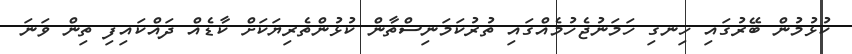
ކުޅުމުން ބޭރުގައި ހިނގި ހަމަނުޖެހުމެއްގައި ތުރުކަމަނިސްތާން ކުޅުންތެރިޔަކަށް ކާޑެއް ދައްކައިފި ތިން ވަނަ